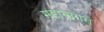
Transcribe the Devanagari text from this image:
महासागरो